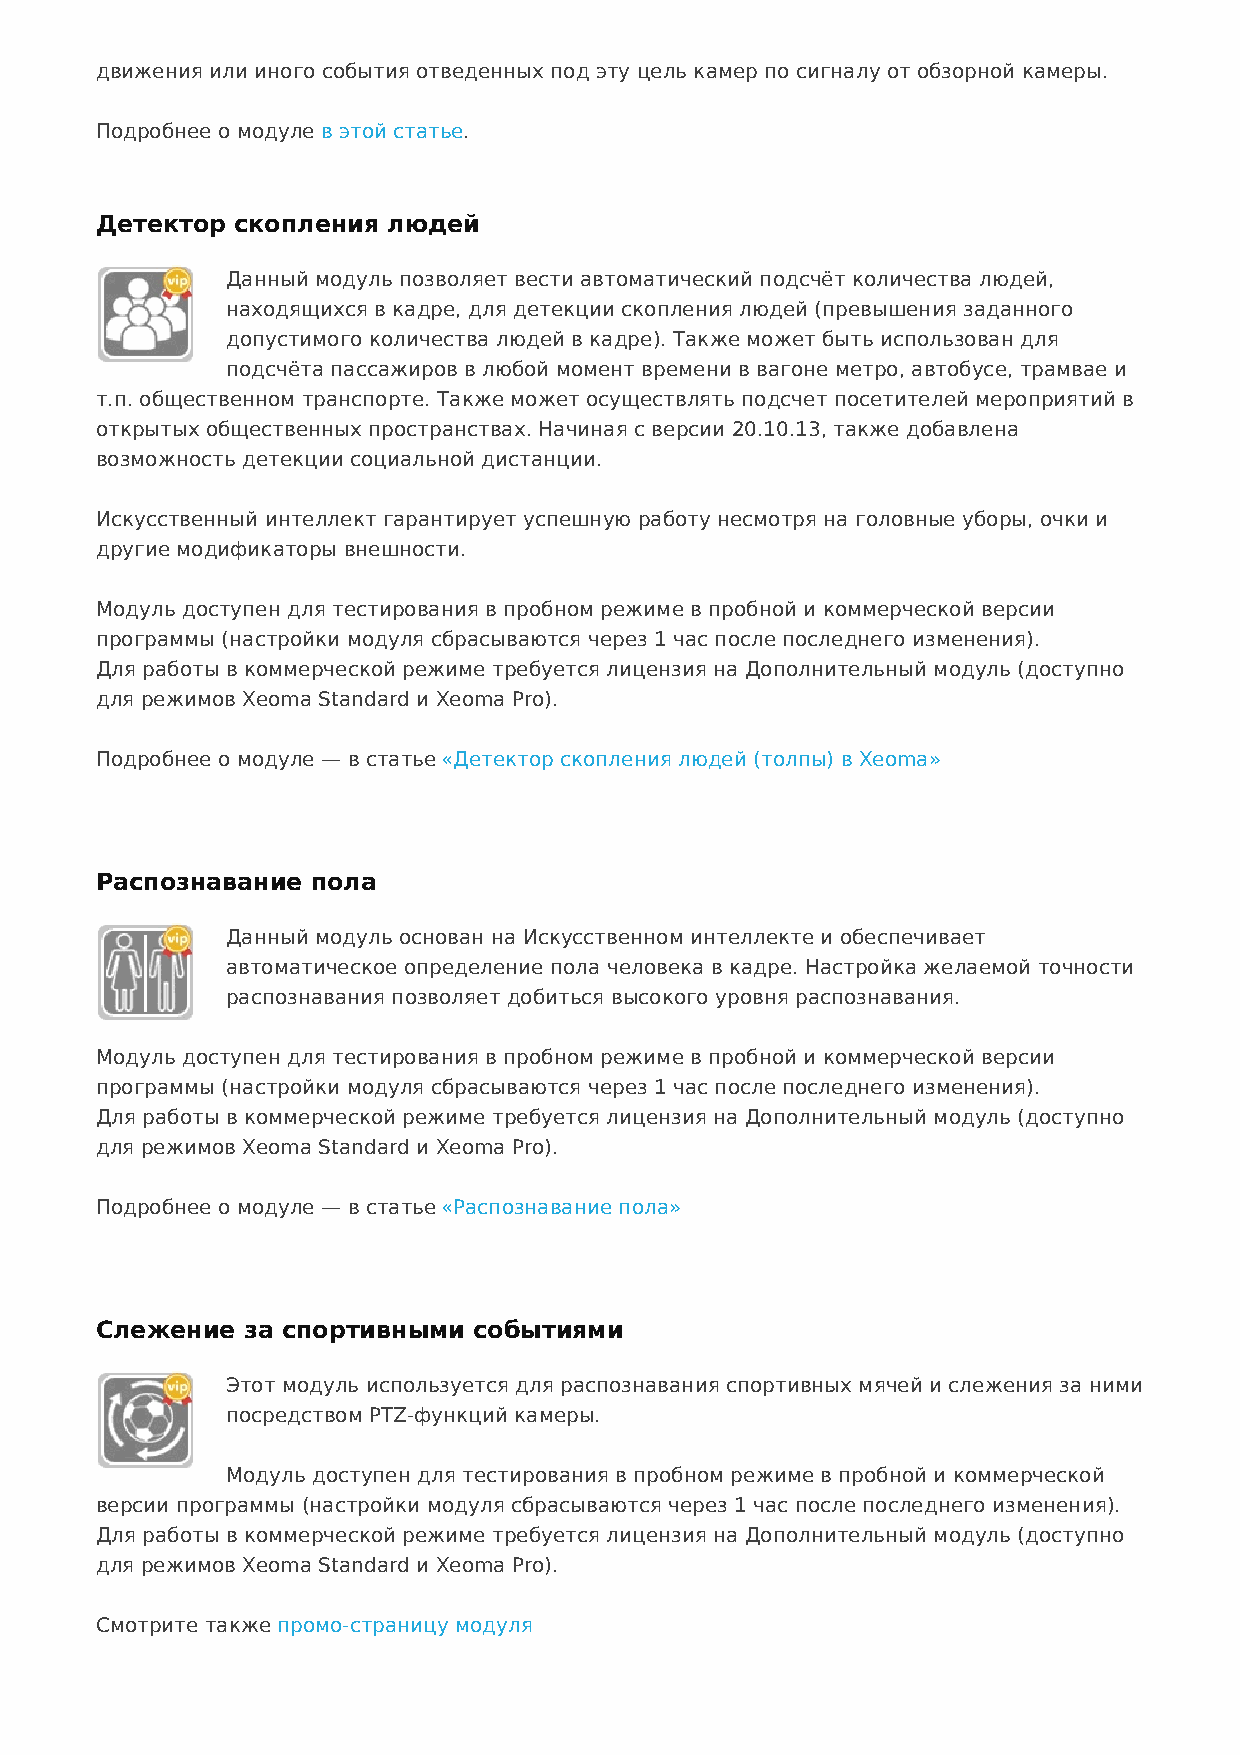
движения или иного события отведенных под эту цель камер по сигналу от обзорной камеры.
 Подробнее о модуле в этой статье.
 Детектор  скопления людей
 Данный модуль позволяет вести автоматический подсчёт количества людей,
 находящихся в кадре, для детекции скопления людей (превышения заданного
 допустимого количества людей в кадре). Также может быть использован для
 подсчёта пассажиров в любой момент времени в вагоне метро, автобусе, трамвае и
 т.п. общественном транспорте. Также может осуществлять подсчет посетителей мероприятий в
 открытых общественных пространствах. Начиная с версии 20.10.13, также добавлена
 возможность детекции социальной дистанции.
 Искусственный интеллект гарантирует успешную работу несмотря на головные уборы, очки и
 другие модификаторы внешности.
 Модуль доступен для тестирования в пробном режиме в пробной и коммерческой версии
 программы (настройки модуля сбрасываются через 1 час после последнего изменения).
 Для работы в коммерческой режиме требуется лицензия на Дополнительный модуль (доступно
 для режимов Xeoma Standard и Xeoma Pro).
 Подробнее о модуле — в статье «Детектор скопления людей (толпы) в Xeoma»
 Распознавание  пола
 Данный модуль основан на Искусственном интеллекте и обеспечивает
 автоматическое определение пола человека в кадре. Настройка желаемой точности
 распознавания позволяет добиться высокого уровня распознавания.
 Модуль доступен для тестирования в пробном режиме в пробной и коммерческой версии
 программы (настройки модуля сбрасываются через 1 час после последнего изменения).
 Для работы в коммерческой режиме требуется лицензия на Дополнительный модуль (доступно
 для режимов Xeoma Standard и Xeoma Pro).
 Подробнее о модуле — в статье «Распознавание пола»
 Слежение  за спортивными событиями
 Этот модуль используется для распознавания спортивных мячей и слежения за ними
 посредством PTZ-функций камеры.
 Модуль доступен для тестирования в пробном режиме в пробной и коммерческой
 версии программы (настройки модуля сбрасываются через 1 час после последнего изменения).
 Для работы в коммерческой режиме требуется лицензия на Дополнительный модуль (доступно
 для режимов Xeoma Standard и Xeoma Pro).
 Смотрите также промо-страницу модуля